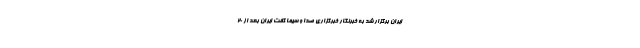
ایران برگزار شد به خبرنگار خبرگزاری صدا و سیما گفت ایران بعد از ۲۰